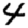
Digit: 4